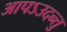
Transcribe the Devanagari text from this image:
आपऽउदन्तु